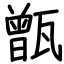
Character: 甑